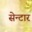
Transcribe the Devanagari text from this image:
सेन्टार